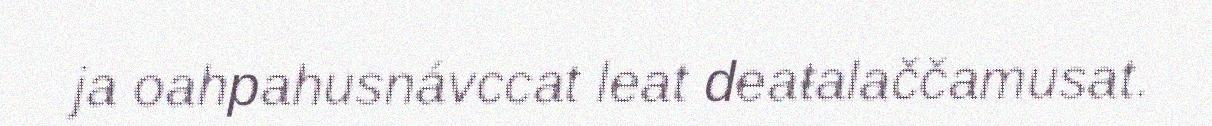
ja oahpahusnávccat leat deaŧalaččamusat.